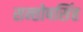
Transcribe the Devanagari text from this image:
सन्तोषसिंह